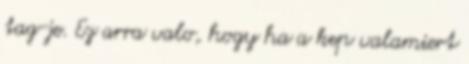
tag-je. Ez arra valo, hogy ha a kep valamiert